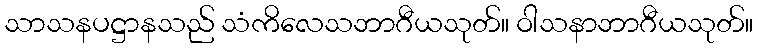
သာသနပဋ္ဌာနသည် သံကိလေသဘာဂီယသုတ်။ ဝါသနာဘာဂီယသုတ်။